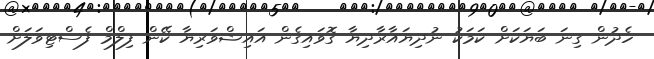
ހެދުން ގިނަ ބަޔަކަށް ކަމަކު ނުދިޔައާރާދިޔާ ގޮވައިގެން އައިޝްވަރިޔާ ކޭން ފިލްމް ފެސްޓިވަލަށް